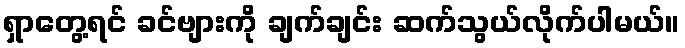
ရှာတွေ့ရင် ခင်ဗျားကို ချက်ချင်း ဆက်သွယ်လိုက်ပါမယ်။